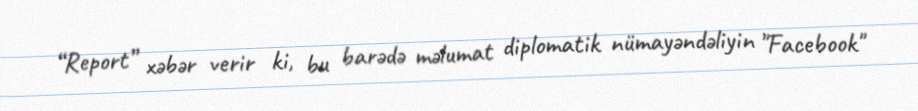
“Report” xəbər verir ki, bu barədə məlumat diplomatik nümayəndəliyin "Facebook"